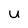
Character: u